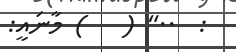
:  .." (   ) މާނައީ: